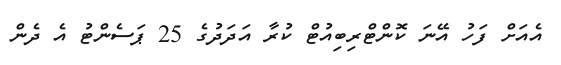
އެއަށް ފަހު އޭނަ ކޮންޓްރިބިއުޓް ކުރާ އަދަދުގެ 25 ޕަސެންޓު އެ ދެން